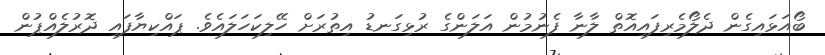
ބޯއަޅައިގެން ދެލޯމެރިފައިއޮތް ލާނާ ފެނުމުން އަލަންގެ ރުޅިގަނޑު އިތުރަށް ހޭލިކަހަލައެވެ. ޕައްކިޔާފައި ދޮރުލެއްޕުން